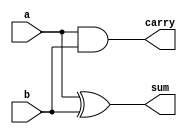
module ha(a,b,sum,carry);
input a,b;
output sum,carry;
xor(sum,a,b);
and(carry,a,b);
endmodule


module add_4_bit (a,b,sum);
input [3:0] a,b;
output [3:0]sum;
assign sum=a+b;
endmodule


module add_6_bit (a,b,sum);
input [5:0] a,b;
output [5:0] sum;
assign sum = a+b;
endmodule

module add_8_bit (a,b,sum);
input[7:0] a,b;
output[7:0] sum;
assign sum = a+b;
endmodule

module add_12_bit (a,b,sum);
input[11:0] a,b;
output[11:0] sum;
assign sum = a+b;
endmodule



module vedic_2_x_2(a,b,c);
input [1:0]a;
input [1:0]b;
output [3:0]c;
wire [3:0]c;
wire [3:0]temp;
assign c[0]=a[0]&b[0]; 
assign temp[0]=a[1]&b[0];
assign temp[1]=a[0]&b[1];
assign temp[2]=a[1]&b[1];
ha z1(temp[0],temp[1],c[1],temp[3]);
ha z2(temp[2],temp[3],c[2],c[3]);
endmodule

module vedic_4_x_4(a,b,c);
input [3:0]a;
input [3:0]b;
output [7:0]c;
wire [3:0]q0;	
wire [3:0]q1;	
wire [3:0]q2;
wire [3:0]q3;	
wire [7:0]c;
wire [3:0]temp1;
wire [5:0]temp2;
wire [5:0]temp3;
wire [5:0]temp4;
wire [3:0]q4;
wire [5:0]q5;
wire [5:0]q6;

vedic_2_x_2 z1(a[1:0],b[1:0],q0[3:0]);
vedic_2_x_2 z2(a[3:2],b[1:0],q1[3:0]);
vedic_2_x_2 z3(a[1:0],b[3:2],q2[3:0]);
vedic_2_x_2 z4(a[3:2],b[3:2],q3[3:0]);

assign temp1 ={2'b0,q0[3:2]};
add_4_bit z5(q1[3:0],temp1,q4);
assign temp2 ={2'b0,q2[3:0]};
assign temp3 ={q3[3:0],2'b0};
add_6_bit z6(temp2,temp3,q5);

assign temp4={2'b0,q4[3:0]};
add_6_bit z7(temp4,q5,q6);
assign c[1:0]=q0[1:0];
assign c[7:2]=q6[5:0];
endmodule

module vedic_8X8(a,b,c);
   
input [7:0]a;
input [7:0]b;
output [15:0]c;

wire [7:0]q0;	
wire [7:0]q1;	
wire [7:0]q2;
wire [7:0]q3;	
wire [15:0]c;
wire [7:0]temp1;
wire [11:0]temp2;
wire [11:0]temp3;
wire [11:0]temp4;
wire [7:0]q4;
wire [11:0]q5;
wire [11:0]q6;

vedic_4_x_4 z1(a[3:0],b[3:0],q0[7:0]);
vedic_4_x_4 z2(a[7:4],b[3:0],q1[7:0]);
vedic_4_x_4 z3(a[3:0],b[7:4],q2[7:0]);
vedic_4_x_4 z4(a[7:4],b[7:4],q3[7:0]);

assign temp1 ={4'b0,q0[7:4]};
add_8_bit z5(q1[7:0],temp1,q4);
assign temp2 ={4'b0,q2[7:0]};
assign temp3 ={q3[7:0],4'b0};
add_12_bit z6(temp2,temp3,q5);
assign temp4={4'b0,q4[7:0]};

add_12_bit z7(temp4,q5,q6);

assign c[3:0]=q0[3:0];
assign c[15:4]=q6[11:0];
endmodule